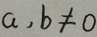
a , b \neq 0